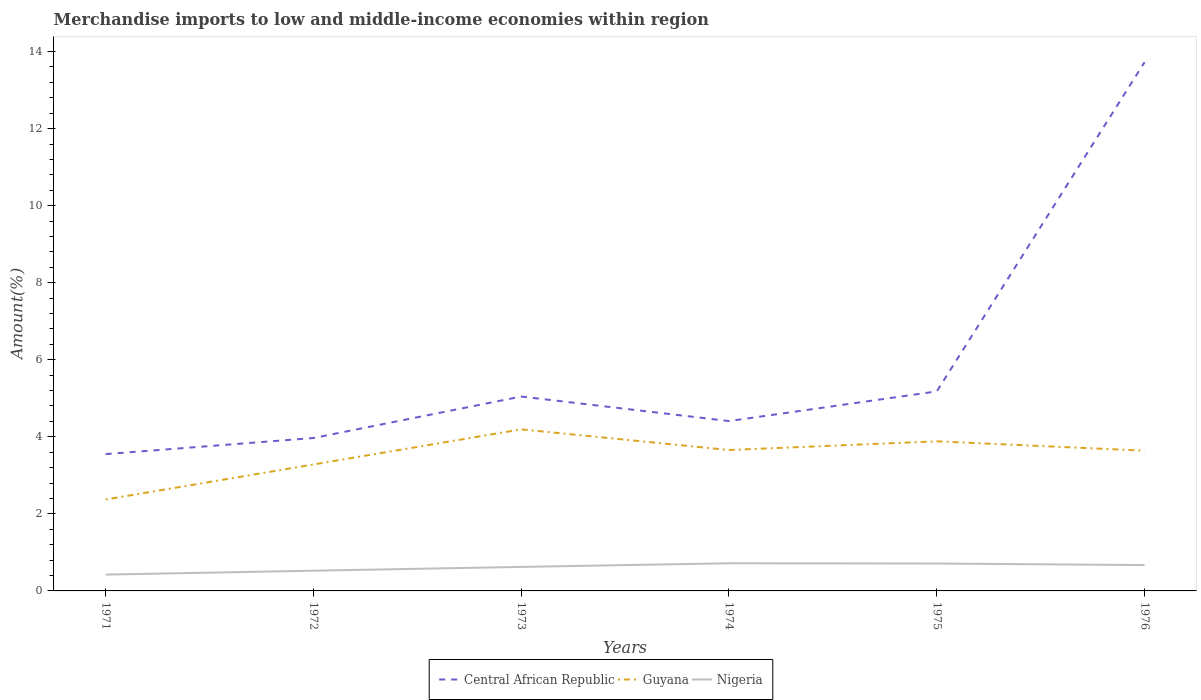
| Years | Central African Republic | Guyana | Nigeria |
 | --- | --- | --- | --- |
 | 1971 | 3.55 | 2.37 | 0.424 |
 | 1972 | 3.97 | 3.28 | 0.525 |
 | 1973 | 5.05 | 4.19 | 0.623 |
 | 1974 | 4.41 | 3.66 | 0.717 |
 | 1975 | 5.18 | 3.88 | 0.711 |
 | 1976 | 13.7 | 3.64 | 0.671 |